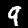
Digit: 9